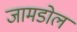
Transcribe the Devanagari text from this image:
जामडोल